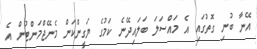
އޭނާ ބުނި ގޮތުގައި އެ މައްސަލަ ބަލައިދޭނެ ކަމުގެ ޔަގީންކަން މެނޭޖްމަންޓުން އެ